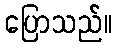
ပြောသည်။